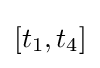
[t_{1},t_{4}]